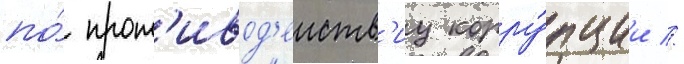
по́ прот'ивод'еиств'иу корру́пции //